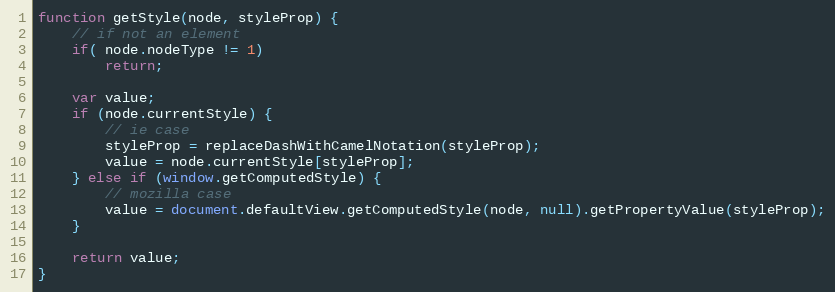
Language: JavaScript
function getStyle(node, styleProp) {
	// if not an element
	if( node.nodeType != 1)
		return;

	var value;
	if (node.currentStyle) {
		// ie case
		styleProp = replaceDashWithCamelNotation(styleProp);
		value = node.currentStyle[styleProp];
	} else if (window.getComputedStyle) {
		// mozilla case
		value = document.defaultView.getComputedStyle(node, null).getPropertyValue(styleProp);
	}

	return value;
}